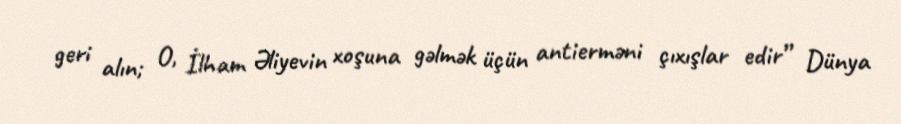
geri alın; O, İlham Əliyevin xoşuna gəlmək üçün antierməni çıxışlar edir” Dünya